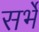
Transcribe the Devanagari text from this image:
सर्भे